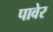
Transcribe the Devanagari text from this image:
पावेर